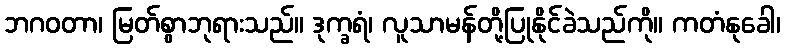
ဘဂဝတာ၊ မြတ်စွာဘုရားသည်။ ဒုက္ခရံ၊ လူသာမန်တို့ပြုနိုင်ခဲသည်ကို။ ကတံနုခေါ၊